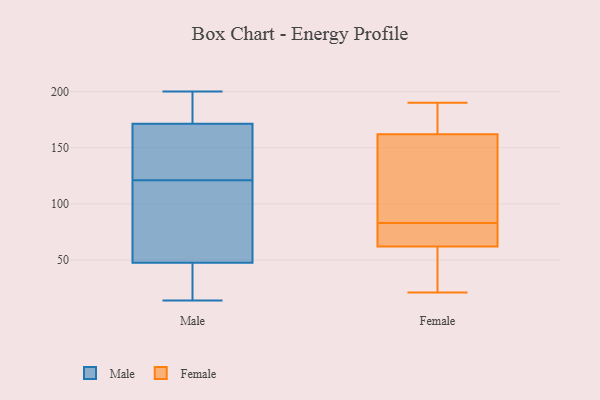
{"axis": {"x": "Bounce Rate (%)", "y": "Value"}, "legend": ["Female", "Male"], "data": [{"x": "", "y": 32, "type": "Male"}, {"x": "", "y": 157, "type": "Male"}, {"x": "", "y": 94, "type": "Male"}, {"x": "", "y": 25, "type": "Male"}, {"x": "", "y": 120, "type": "Male"}, {"x": "", "y": 186, "type": "Male"}, {"x": "", "y": 200, "type": "Male"}, {"x": "", "y": 149, "type": "Male"}, {"x": "", "y": 176, "type": "Male"}, {"x": "", "y": 121, "type": "Male"}, {"x": "", "y": 14, "type": "Male"}, {"x": "", "y": 21, "type": "Female"}, {"x": "", "y": 158, "type": "Female"}, {"x": "", "y": 62, "type": "Female"}, {"x": "", "y": 123, "type": "Female"}, {"x": "", "y": 181, "type": "Female"}, {"x": "", "y": 53, "type": "Female"}, {"x": "", "y": 176, "type": "Female"}, {"x": "", "y": 71, "type": "Female"}, {"x": "", "y": 122, "type": "Female"}, {"x": "", "y": 190, "type": "Female"}, {"x": "", "y": 62, "type": "Female"}, {"x": "", "y": 77, "type": "Female"}, {"x": "", "y": 35, "type": "Female"}, {"x": "", "y": 166, "type": "Female"}, {"x": "", "y": 64, "type": "Female"}, {"x": "", "y": 89, "type": "Female"}]}